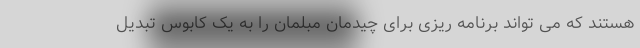
هستند که می تواند برنامه ریزی برای چیدمان مبلمان را به یک کابوس تبدیل